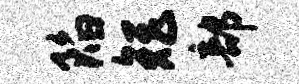
陷矩部